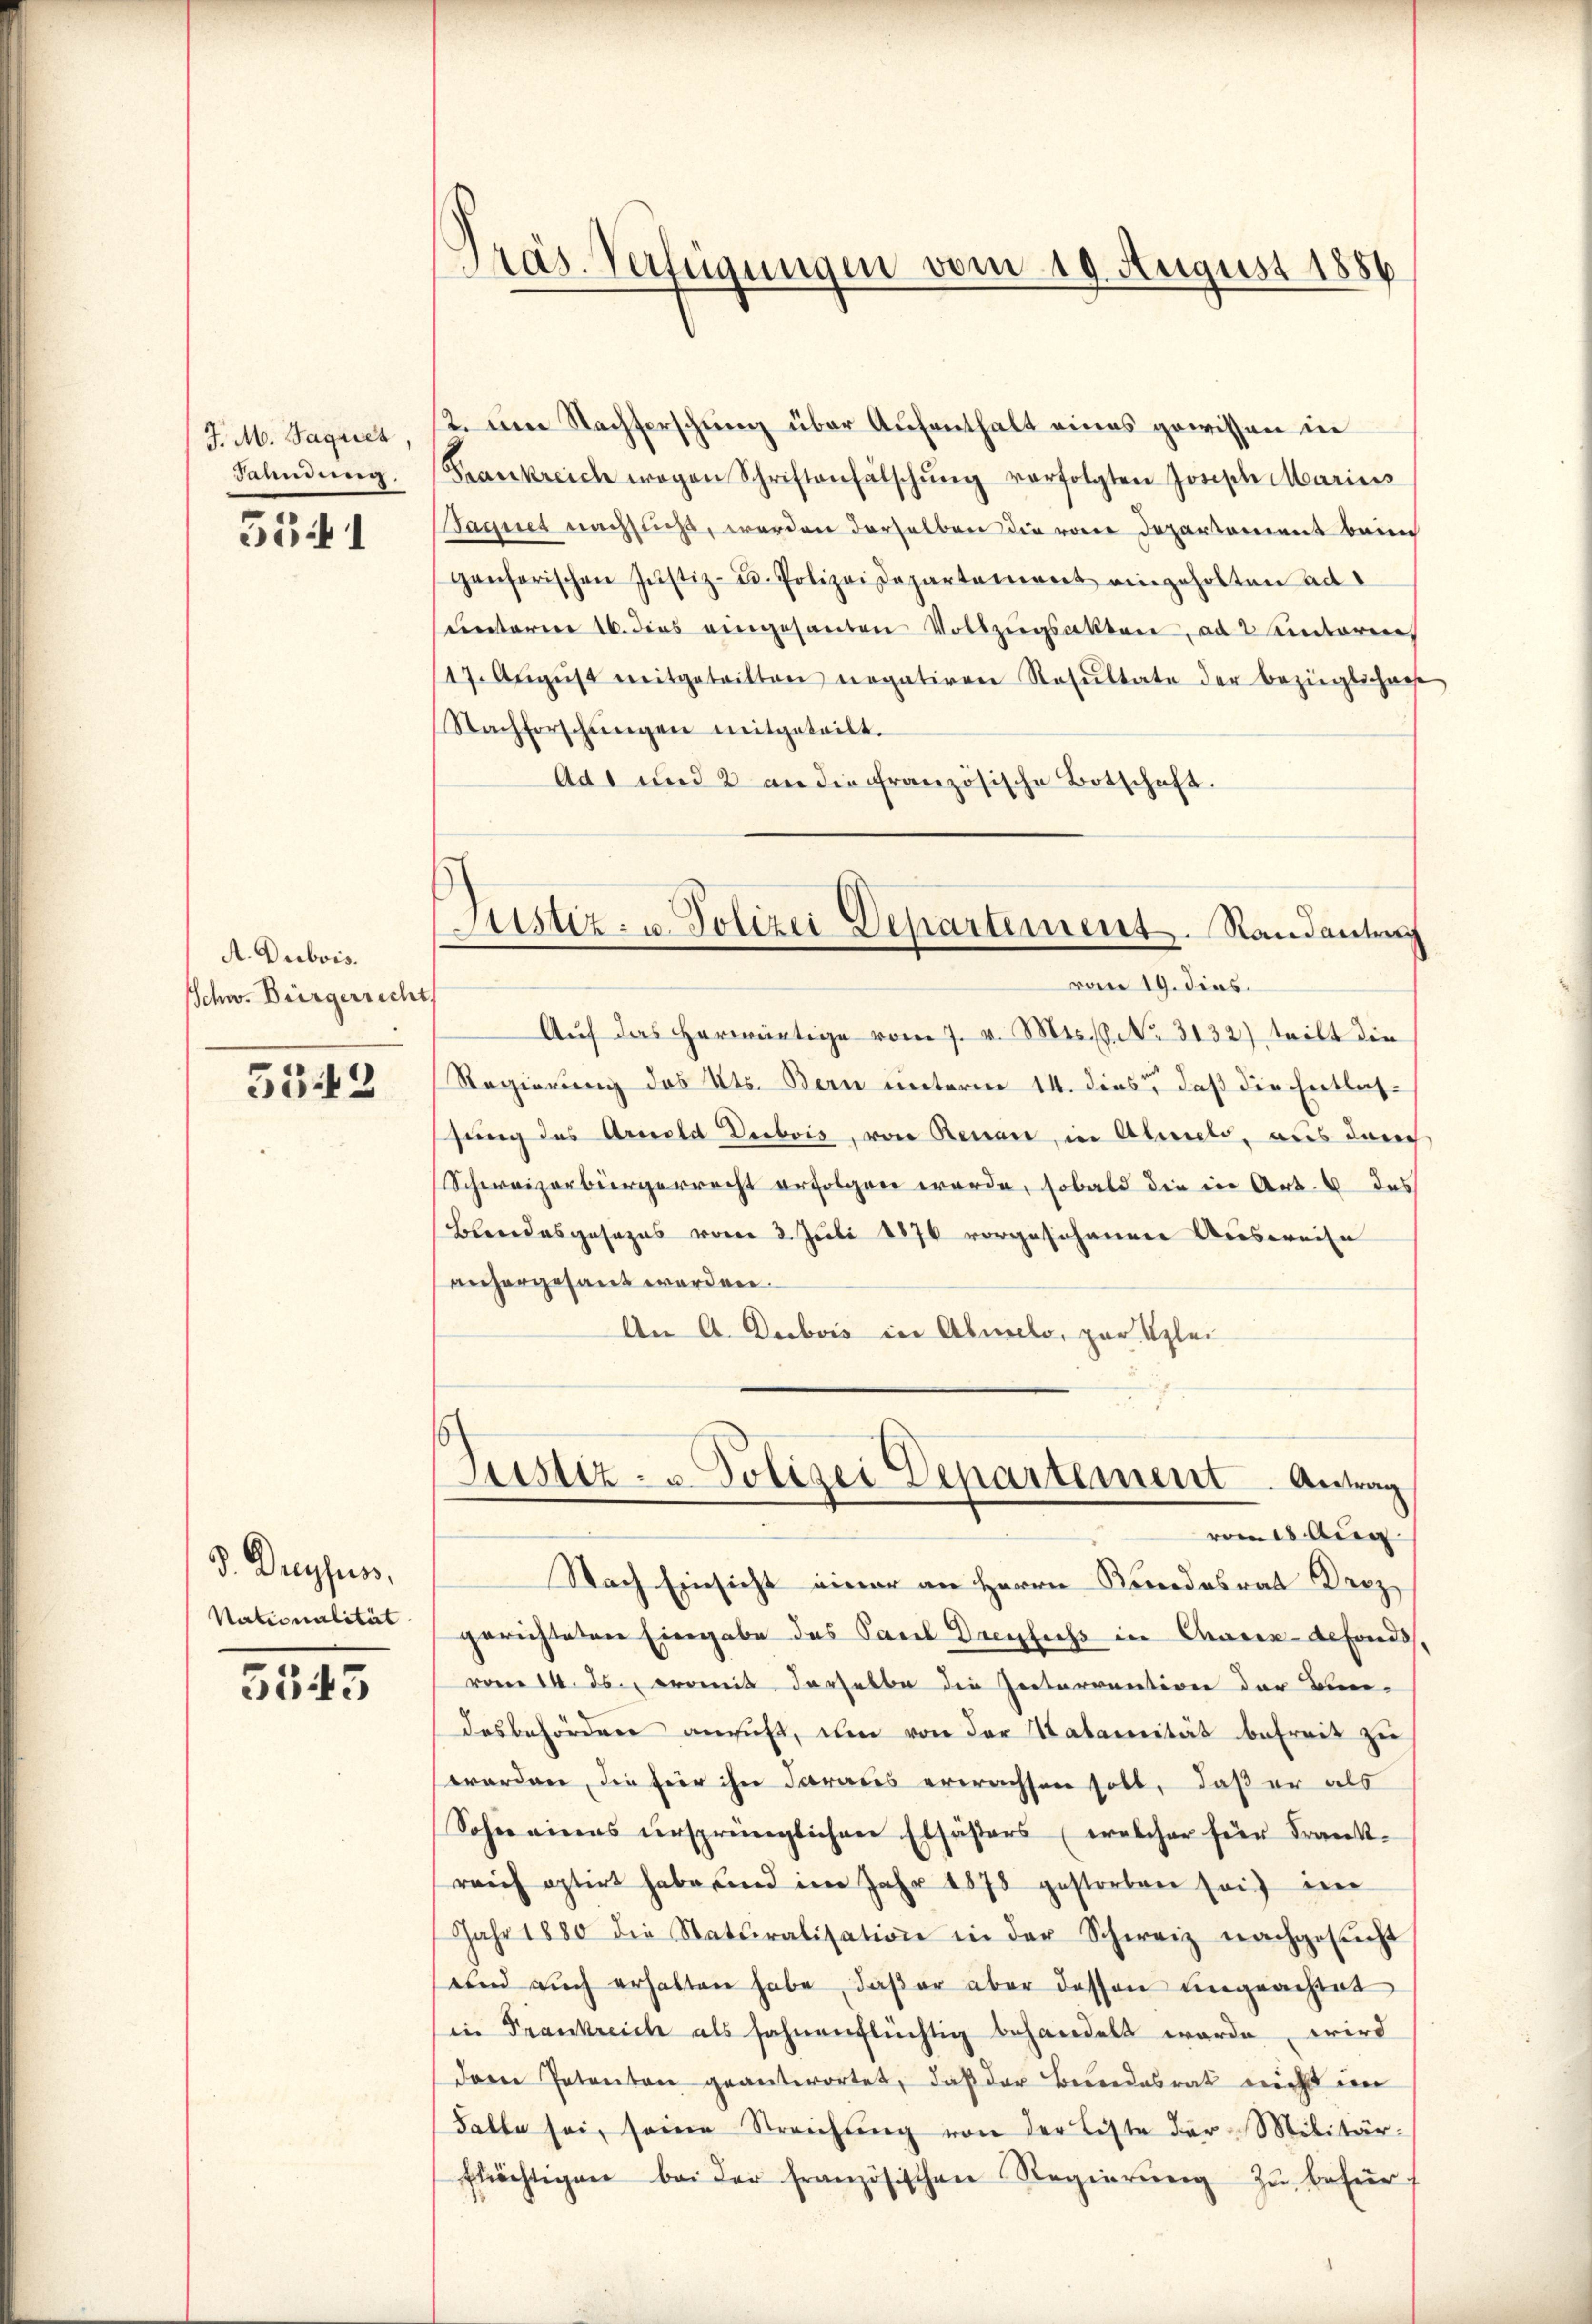
J. M. Jaques,
Saundung

534 1

A. Dubois.
Schw. Bürgerrecht

5343

d. Dreyfus,
Nationalität

5543

Präs. Verfügungen vom 19. August 1886

2. Am Nachserschung über Aufenthalt eines gewissen die
Frankreich wegen Schriftenfälschŭng verfolgten Jonisch Marius
Sagner nachsucht, werden derselben die von Departement beim
genferischen Jŭstiz- u. Polizeidepartement eingeholten ad
unterm 16. dies eingesanten Vollzŭgsakten, ad 2 Autorene
17. Aŭgŭst mitgetritten negativen Resŭltate der bezüglichense
Nachforschŭngen mitgeteilt.
Ad 1 und 2 an die französische Botschaft.

Justiz- u. Polizei Departement. Randantrag

vom 19. dies.
Auf das herwärtige vom 7. v. Mts. No. 3132) teilt die
Regierung des Kts. Bern unterm 14. dies, daß die Entlassung des Arnold Dubois, von Renau, in Abmels, aus der
Schweizerbürgerrecht erfolgen werde, sobald die in Art. 6 des
Beendesgesezes vom 2. Juli 1876 vorgeschannen Ausweise
anhergesant werden.
An A. Dubois in Abmelo, zur Klei

gerichteten Eingabe des Paul Dreyfuchs in Chaux-defonds
vom 14. ds., womit derselbe die Zeitervention der Bun-
desbehördere ansus, um von der Satannität befreit zu
worden, die für ihn daraus erwachsen soll, daß er als
Sohn eines ursprünglichen Elsässers (welcher für Frankreich optirt habe sind im Jahr 1878 gestorben sei im
Jahr 1880 die Naturalisation in der Schweiz nachgesŭcht
und auch erhalten habe, daß er aber dessen ungeachtet
in Frankreich als fahnenflüchtig behandelt werde, wird
dare Patenton geantwortet, daß der Bewendesrat nicht in
Falle sei, seine Streichŭng von der Liste der Militär-
flächtigen bei der französischen Regierŭng zŭ befür

Justiz- & Polizei Departement. Antrag
vom 18. Aug
Nach Einsicht einer an Herrn Kundesrat Drez